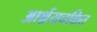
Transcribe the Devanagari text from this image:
आर्श्चयचकित